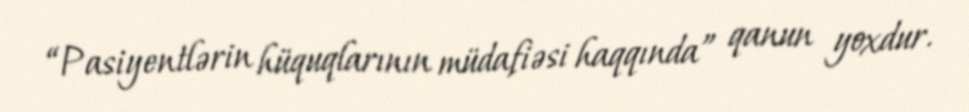
“Pasiyentlərin hüquqlarının müdafiəsi haqqında” qanun yoxdur.